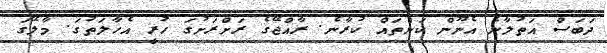
ދަބަސް އަތުލާނެ އެނޫން ކަންތައް ކުރާނެ. ރާއްޖޭގެ ރަށްރަށުގަ ހުރީ އެހާލަތުގަ. މާލޭގަ